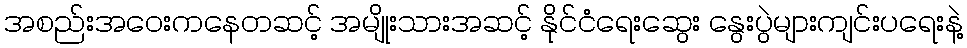
အစည်းအဝေးကနေတဆင့် အမျိုးသားအဆင့် နိုင်ငံရေးဆွေး နွေးပွဲများကျင်းပရေးနဲ့